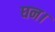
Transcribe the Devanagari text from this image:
घन।